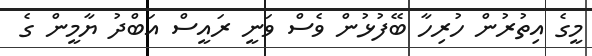
މީގެ އިތުރުން ހުރިހާ ބޭފުޅުން ވެސް ވަނީ ރައީސް އަބްދު ޔާމީން ގެ